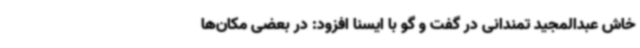
خاش عبدالمجید تمندانی در گفت و گو با ایسنا افزود: در بعضی مکان‌ها